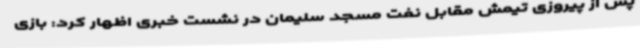
پس از پیروزی تیمش مقابل نفت مسجد سلیمان در نشست خبری اظهار کرد: بازی